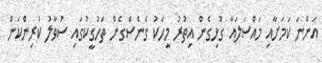
އަންނަ ކަމަށާއި މައްސަލައާ ގުޅިގެން އިތުރު މީހަކު ގެނެސްގެން ތަހުގީކުގައި ސުވާލު ކުރިންކަން